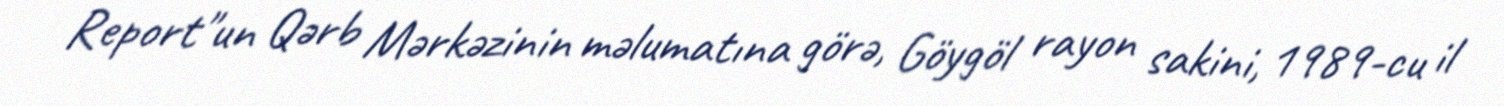
Report"un Qərb Mərkəzinin məlumatına görə, Göygöl rayon sakini, 1989-cu il